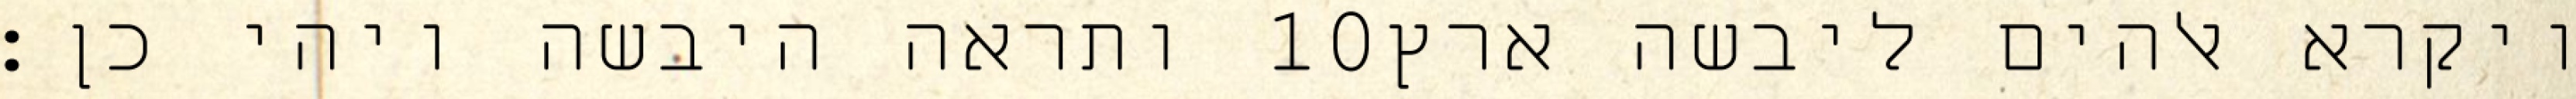
ותראה היבשה ויהי כן׃ ‎10‏ ויקרא אלהים ליבשה ארץ